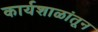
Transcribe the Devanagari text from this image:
कार्यशाळांतून